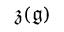
{ \mathfrak { z } } ( { \mathfrak { g } } )